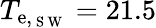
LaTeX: T_{{\mathrm{e},_{\mathrm{~S~W~}}}}=21.5